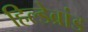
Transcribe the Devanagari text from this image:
हिल्डेब्रांड